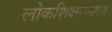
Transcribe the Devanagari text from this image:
लोकशिक्षणमाला